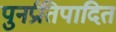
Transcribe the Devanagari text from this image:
पुनर्प्रतिपादित